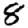
Digit: 8